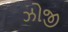
ઝોજી